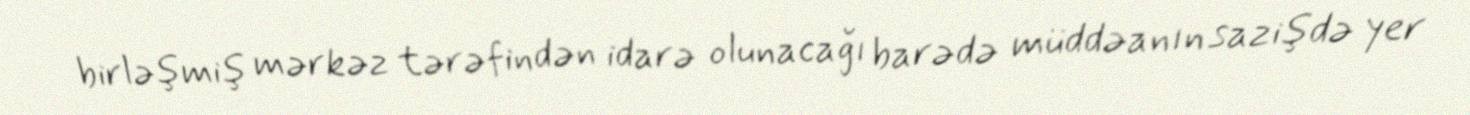
birləşmiş mərkəz tərəfindən idarə olunacağı barədə müddəanın sazişdə yer